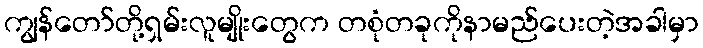
ကျွန်တော်တို့ရှမ်းလူမျိုးတွေက တစုံတခုကိုနာမည်ပေးတဲ့အခါမှာ